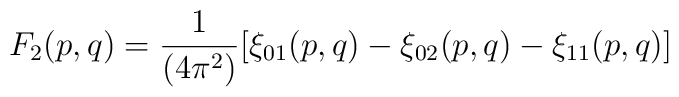
F_2 (p,q) = {1\over (4\pi^2)} [\xi_{01}(p,q) - \xi_{02}(p,q) -\xi_{11}(p,q)]